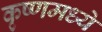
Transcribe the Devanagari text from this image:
कृष्णमध्ये